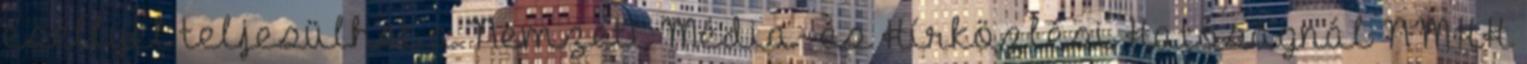
eséllyel teljesülhet a Nemzeti Média- és Hírközlési Hatóságnál NMHH